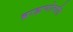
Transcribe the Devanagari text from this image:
ब्राह्मणोत्पत्ति